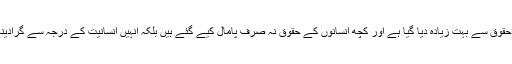
کچھ انسانوں کو ان کے جائز حقوق سے بہت زیادہ دیا گیا ہے اور کچھ انسانوں کے حقوق نہ صرف پامال کیے گئے ہیں بلکہ انہیں انسانیت کے درجہ سے گرادینے میں بھی تامل نہیں کیا گیا۔